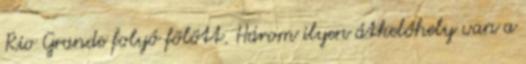
Rio Grande folyó fölött. Három ilyen átkelőhely van a